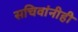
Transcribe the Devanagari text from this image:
सचिवांनीही